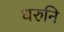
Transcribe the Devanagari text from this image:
धरुनि